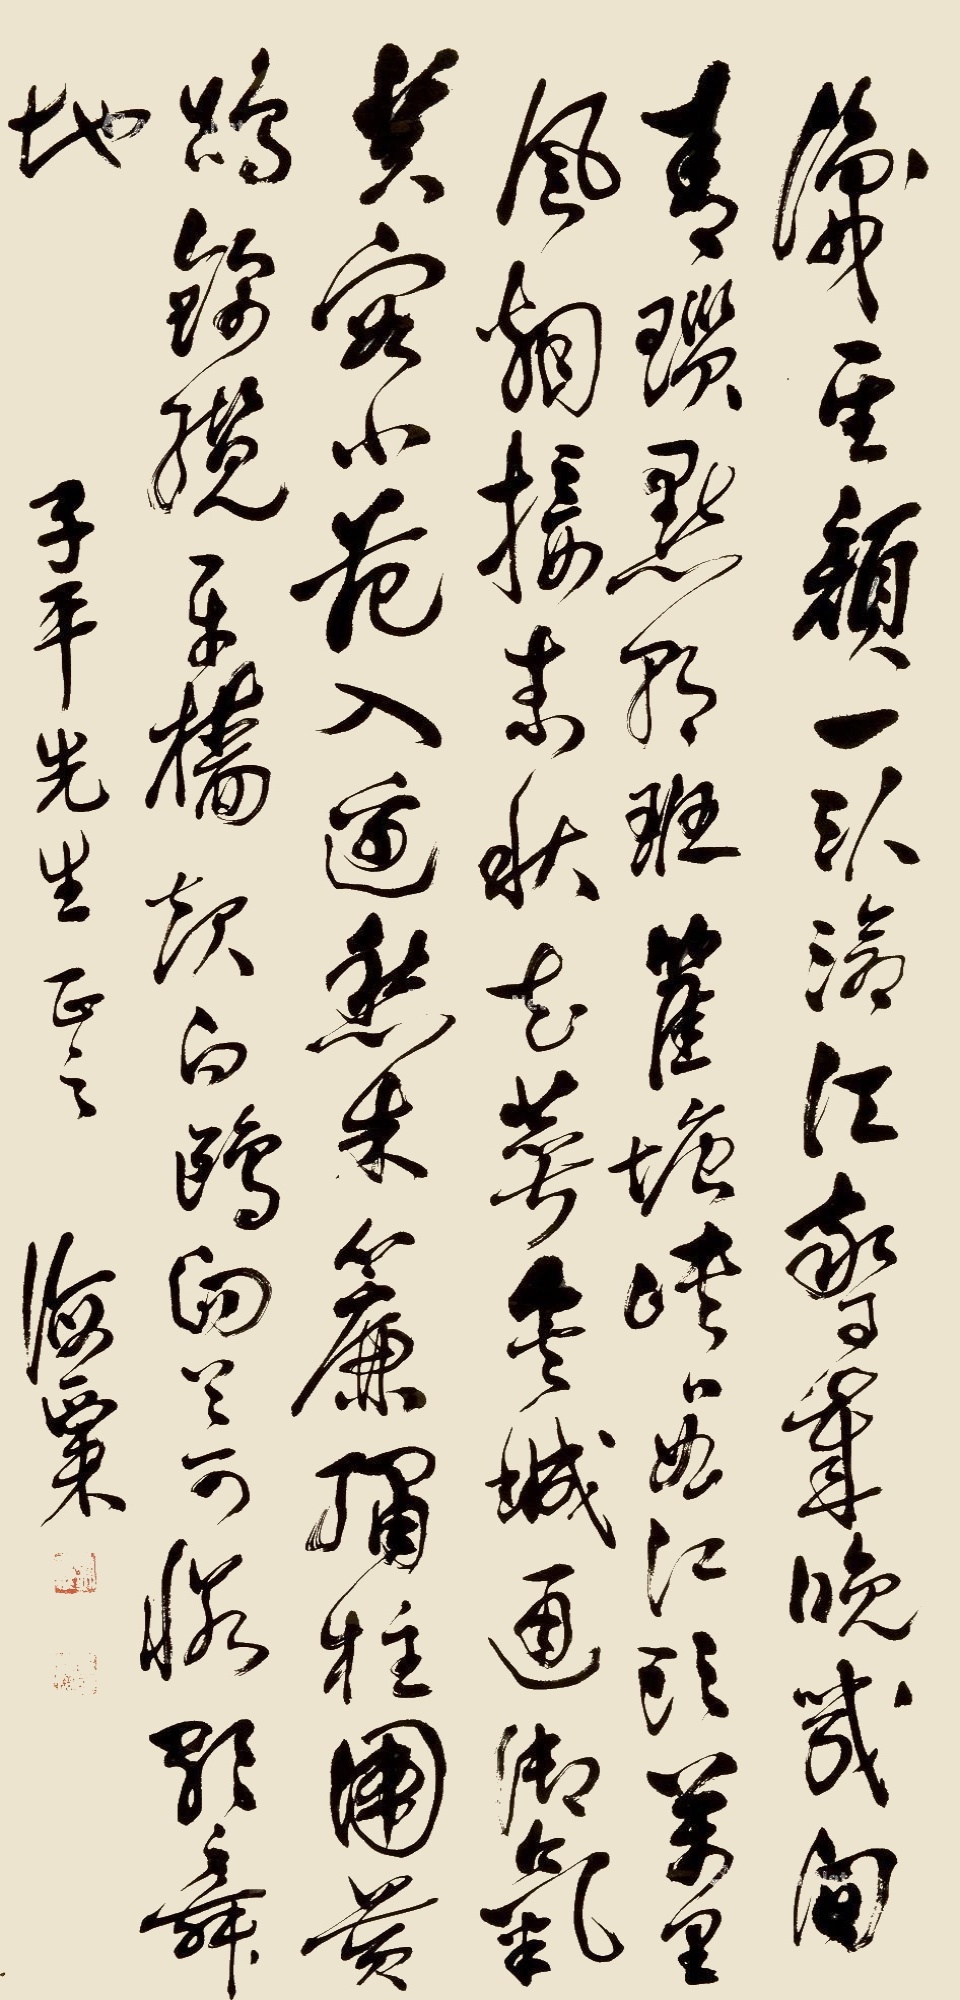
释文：识圣颜 一卧沧江惊岁晚 几回青琐照朝班 瞿唐峡口曲江头 万里风烟接素秋 花萼夹城通御气 芙蓉小苑入边愁 朱帘绣柱围黄鹤 锦缆牙樯起白鸥 回首可怜歌舞地 子平先生正之 海粟